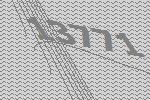
13771